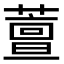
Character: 䕊